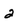
Character: 2